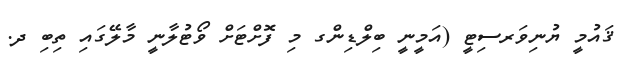
ޤައުމީ ޔުނިވަރސިޓީ (އަމީނީ ބިލްޑިންގ މި ފޮށްޓަށް ވޯޓުލާނީ މާލޭގައި ތިބި ދ.